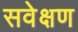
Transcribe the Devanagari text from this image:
सवेक्षण